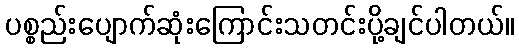
ပစ္စည်းပျောက်ဆုံးကြောင်းသတင်းပို့ချင်ပါတယ်။